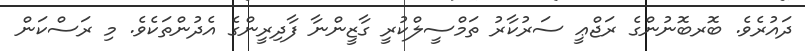
ދައުރެވެ. ބޮރބޮނުންގެ ރަޖްޢީ ސަރުކާރު ތަމްސީލްކުރީ ގާޒީންނާ ފާދިރީންގެ އެދުންތަކެވެ. މި ރަސްކަން